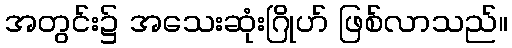
အတွင်း၌ အသေးဆုံးဂြိုဟ် ဖြစ်လာသည်။